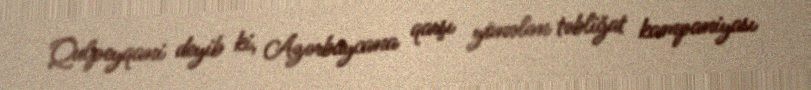
Qulpeyqani deyib ki, Azərbaycana qarşı yönələn təbliğat kampaniyası